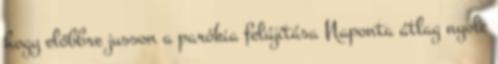
hogy előbbre jusson a parókia felújítása Naponta átlag nyolc